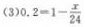
(3)$$0.2=1- \frac{x}{24}$$